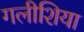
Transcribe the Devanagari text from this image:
गलीशिया